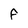
Character: F